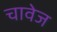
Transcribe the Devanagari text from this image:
चावेज